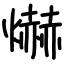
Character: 爀